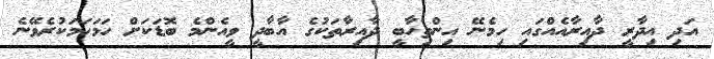
އަދި އިދާރީ ދާއިރާއެއްގައި ހިމެނޭ އިންތިހާބީ ދާއިރާތަކުގެ އާބާދީ ވީއެންމެ ބޮޑަކަށް ހަމަހަމަކުރެވޭނެ